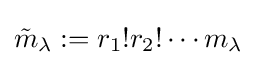
{\tilde {m}}_{\lambda }:=r_{1}!r_{2}!\cdots m_{\lambda }